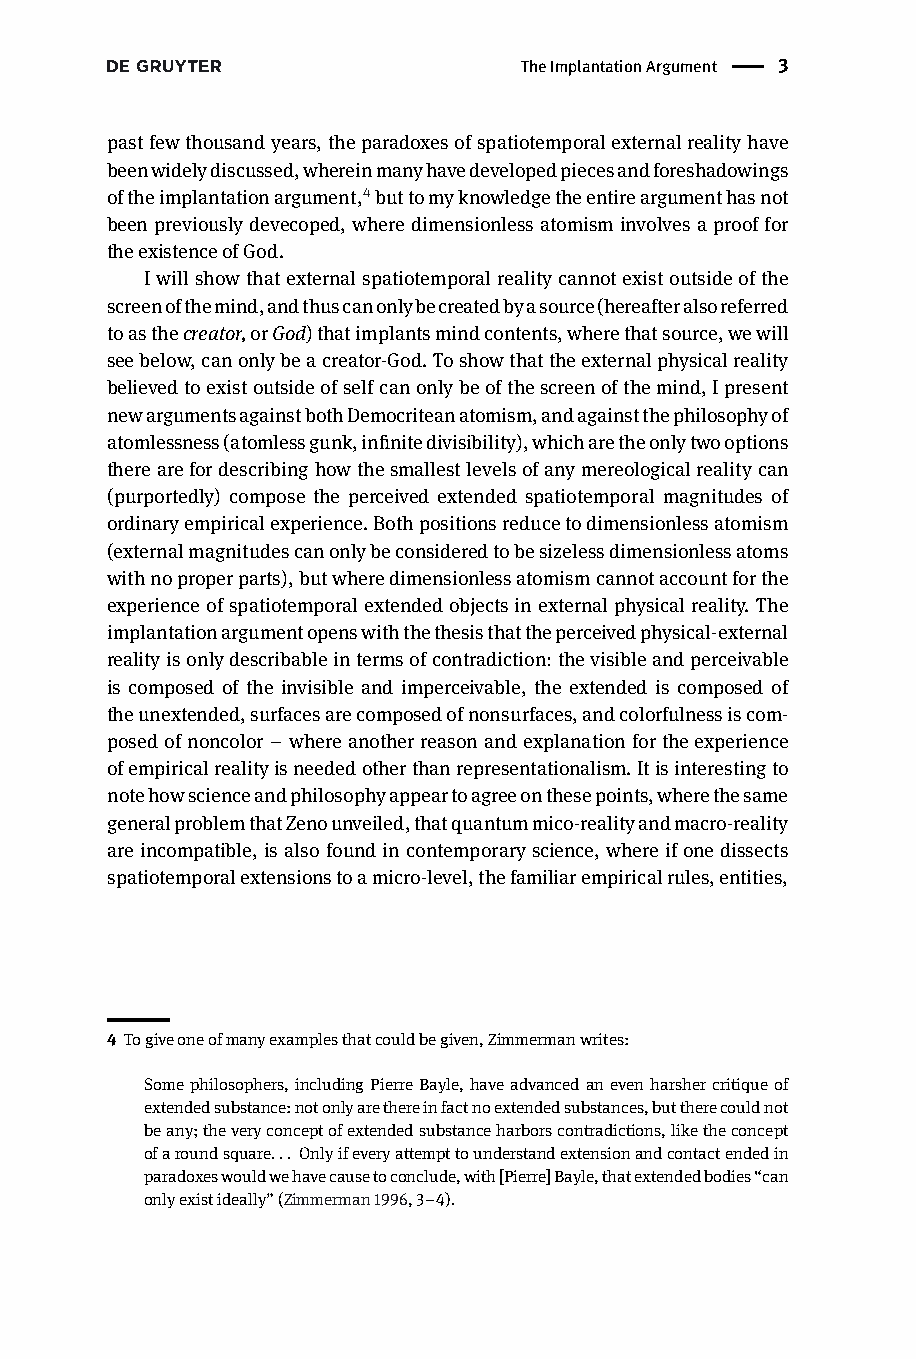
TheImplantationArgument | 3
 pastfewthousandyears,theparadoxesofspatiotemporalexternalrealityhave
 beenwidelydiscussed,whereinmanyhavedevelopedpiecesandforeshadowings
 oftheimplantationargument,4buttomyknowledgetheentireargumenthasnot
 been previouslydevecoped,wheredimensionless atomisminvolvesaprooffor
 theexistenceofGod.
 Iwillshowthatexternalspatiotemporalrealitycannotexistoutsideofthe
 screenofthemind,andthuscanonlybecreatedbyasource(hereafteralsoreferred
 toasthecreator,orGod)thatimplantsmindcontents,wherethatsource,wewill
 seebelow,canonlybeacreator-God.Toshowthattheexternalphysicalreality
 believedtoexistoutsideofselfcanonlybeofthescreenofthemind,Ipresent
 newargumentsagainstbothDemocriteanatomism,andagainstthephilosophyof
 atomlessness(atomlessgunk,infinitedivisibility),whicharetheonlytwooptions
 therearefordescribinghowthesmallestlevelsofanymereologicalrealitycan
 (purportedly) compose the perceived extended spatiotemporal magnitudes of
 ordinaryempiricalexperience.Bothpositionsreducetodimensionlessatomism
 (externalmagnitudescanonlybeconsideredtobesizelessdimensionlessatoms
 withnoproperparts),butwheredimensionlessatomismcannotaccountforthe
 experienceofspatiotemporalextendedobjectsinexternalphysicalreality.The
 implantationargumentopenswiththethesisthattheperceivedphysical-external
 realityisonlydescribableintermsofcontradiction:thevisibleandperceivable
 is composed of the invisible and imperceivable, the extended is composed of
 theunextended,surfacesarecomposedofnonsurfaces,andcolorfulnessiscom-
 posedofnoncolor – whereanotherreasonandexplanationfortheexperience
 ofempiricalrealityisneededotherthanrepresentationalism.Itisinterestingto
 notehowscienceandphilosophyappeartoagreeonthesepoints,wherethesame
 generalproblemthatZenounveiled,thatquantummico-realityandmacro-reality
 areincompatible,isalsofoundincontemporaryscience,whereifonedissects
 spatiotemporalextensionstoamicro-level,thefamiliarempiricalrules,entities,
 4 Togiveoneofmanyexamplesthatcouldbegiven,Zimmermanwrites:
 Somephilosophers,includingPierreBayle,haveadvancedanevenharshercritiqueof
 extendedsubstance:notonlyarethereinfactnoextendedsubstances,buttherecouldnot
 beany;theveryconceptofextendedsubstanceharborscontradictions,liketheconcept
 ofaroundsquare... Onlyifeveryattempttounderstandextensionandcontactendedin
 paradoxeswouldwehavecausetoconclude,with[Pierre]Bayle,thatextendedbodies“can
 onlyexistideally”(Zimmerman1996,3–4).